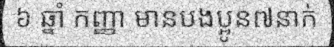
៦ ឆ្នាំ កញ្ញា មានបងប្អូន៧នាក់